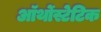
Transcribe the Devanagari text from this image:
ऑर्थोस्टेटिक